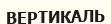
ВЕРТИКАЛЬ